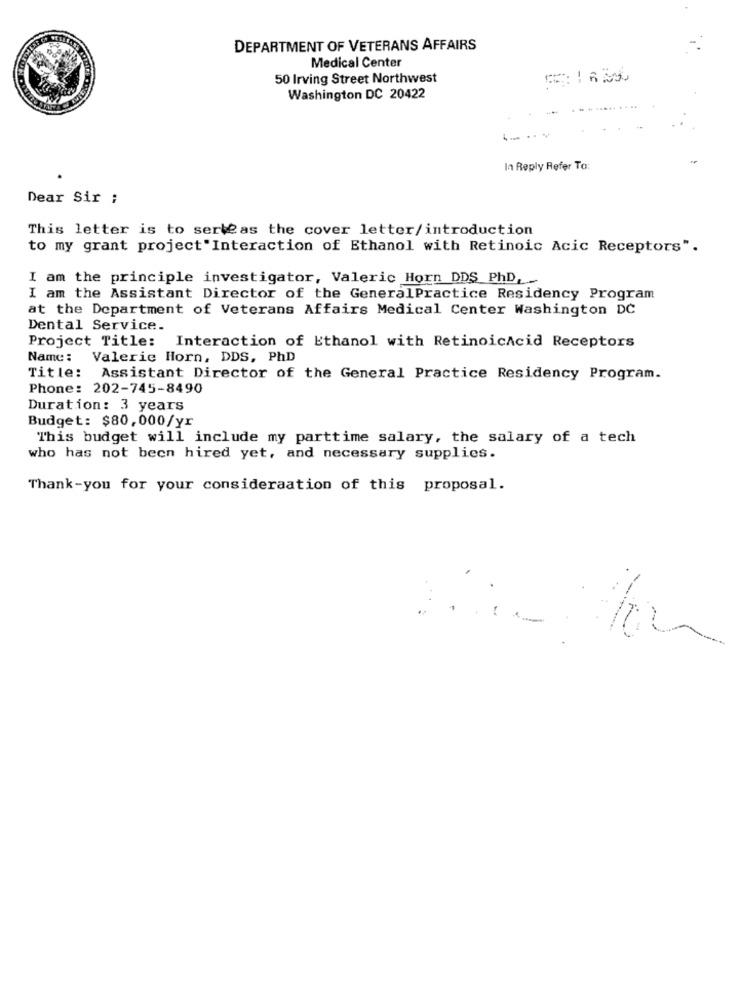
DEPARTMENT OF VETERANS AFFAIRS
Medical Center
50 Irving Street Northwest
Washington DC 20422
In Reply Refer To:
Dear Sir ;
This letter is to serteas the cover letter/introduction
to my grant project"Interaction of Ethanol with Retinoic Acic Receptors".
I am the principle investigator, Valeric Horn DDS PhD,
I am the Assistant Director of the GeneralPractice Residency Program
at the Department of Veterans Affairs Medical Center Washington DC
Dental Service.
Project Title:
Interaction of Ethanol with RetinoicAcid Receptors
Name: Valerie Horn, DDS, PhD
Title:
Assistant Director of the General Practice Residency Program.
Phone: 202-745-8490
Duration: 3 years
Budget: $80,000/yr
This budget will include my parttime salary, the salary of a tech
who has not been hired yet, and necessary supplies.
Thank-you for your consideraation of this proposal.